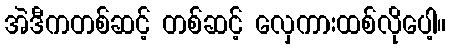
အဲဒီကတစ်ဆင့် တစ်ဆင့် လှေကားထစ်လိုပေါ့။